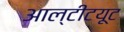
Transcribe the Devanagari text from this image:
आल्टीटयूट